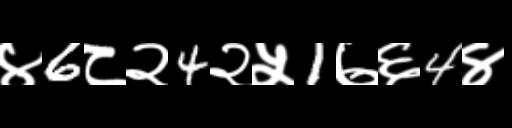
Text: ४6८२4२५1७६4४